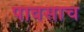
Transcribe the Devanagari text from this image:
पावसाच